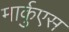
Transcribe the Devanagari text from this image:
मार्कुएस